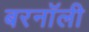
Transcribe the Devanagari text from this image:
बरनॉली